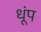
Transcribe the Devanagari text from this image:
धूंप